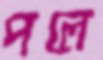
পলে